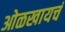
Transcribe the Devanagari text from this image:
ओळखायचं